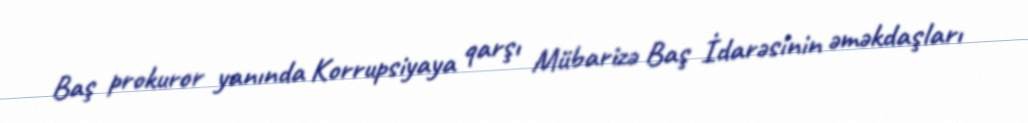
Baş prokuror yanında Korrupsiyaya qarşı Mübarizə Baş İdarəsinin əməkdaşları